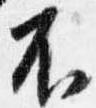
不